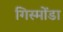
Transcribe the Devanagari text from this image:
गिस्मोंडा